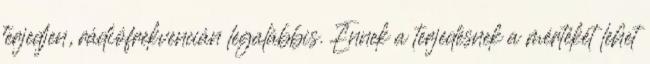
terjedjen, rádiófrekvencián legalábbis. Ennek a terjedésnek a mértékét lehet